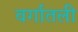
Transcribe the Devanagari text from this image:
वर्गातली